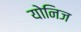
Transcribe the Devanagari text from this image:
योनिज